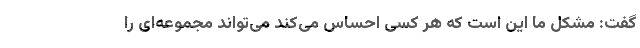
گفت: مشکل ما این است که هر کسی احساس می‌کند می‌تواند مجموعه‌ای را